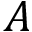
A